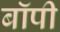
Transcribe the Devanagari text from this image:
बॉपी